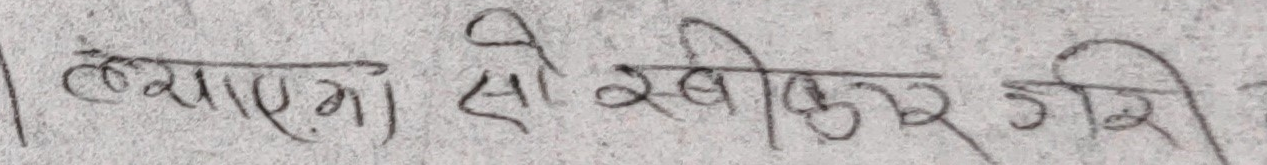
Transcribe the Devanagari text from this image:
ल्याएमा सो खीकुर गिरी